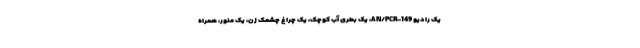
یک رادیو AN/PCR-149، یک بطری آب کوچک، یک چراغ چشمک زن، یک منور، همراه